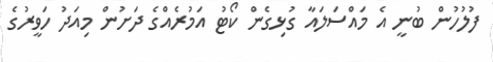
ފުލުހުން ބުނީ އެ މައްސަލައާ ގުޅިގެން ކޯޓު އަމުރެއްގެ ދަށުން މިއަދު ހަވީރުގެ